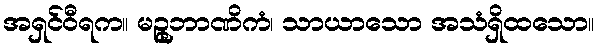
အရှင်ဝီရက။ မဉ္ဇုဘာဏိကံ၊ သာယာသော အသံရှိထသော။